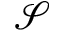
\mathcal { S }